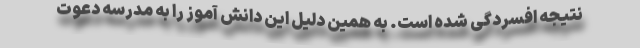
نتیجه افسردگی شده است. به همین دلیل این دانش آموز را به مدرسه دعوت